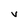
Character: v